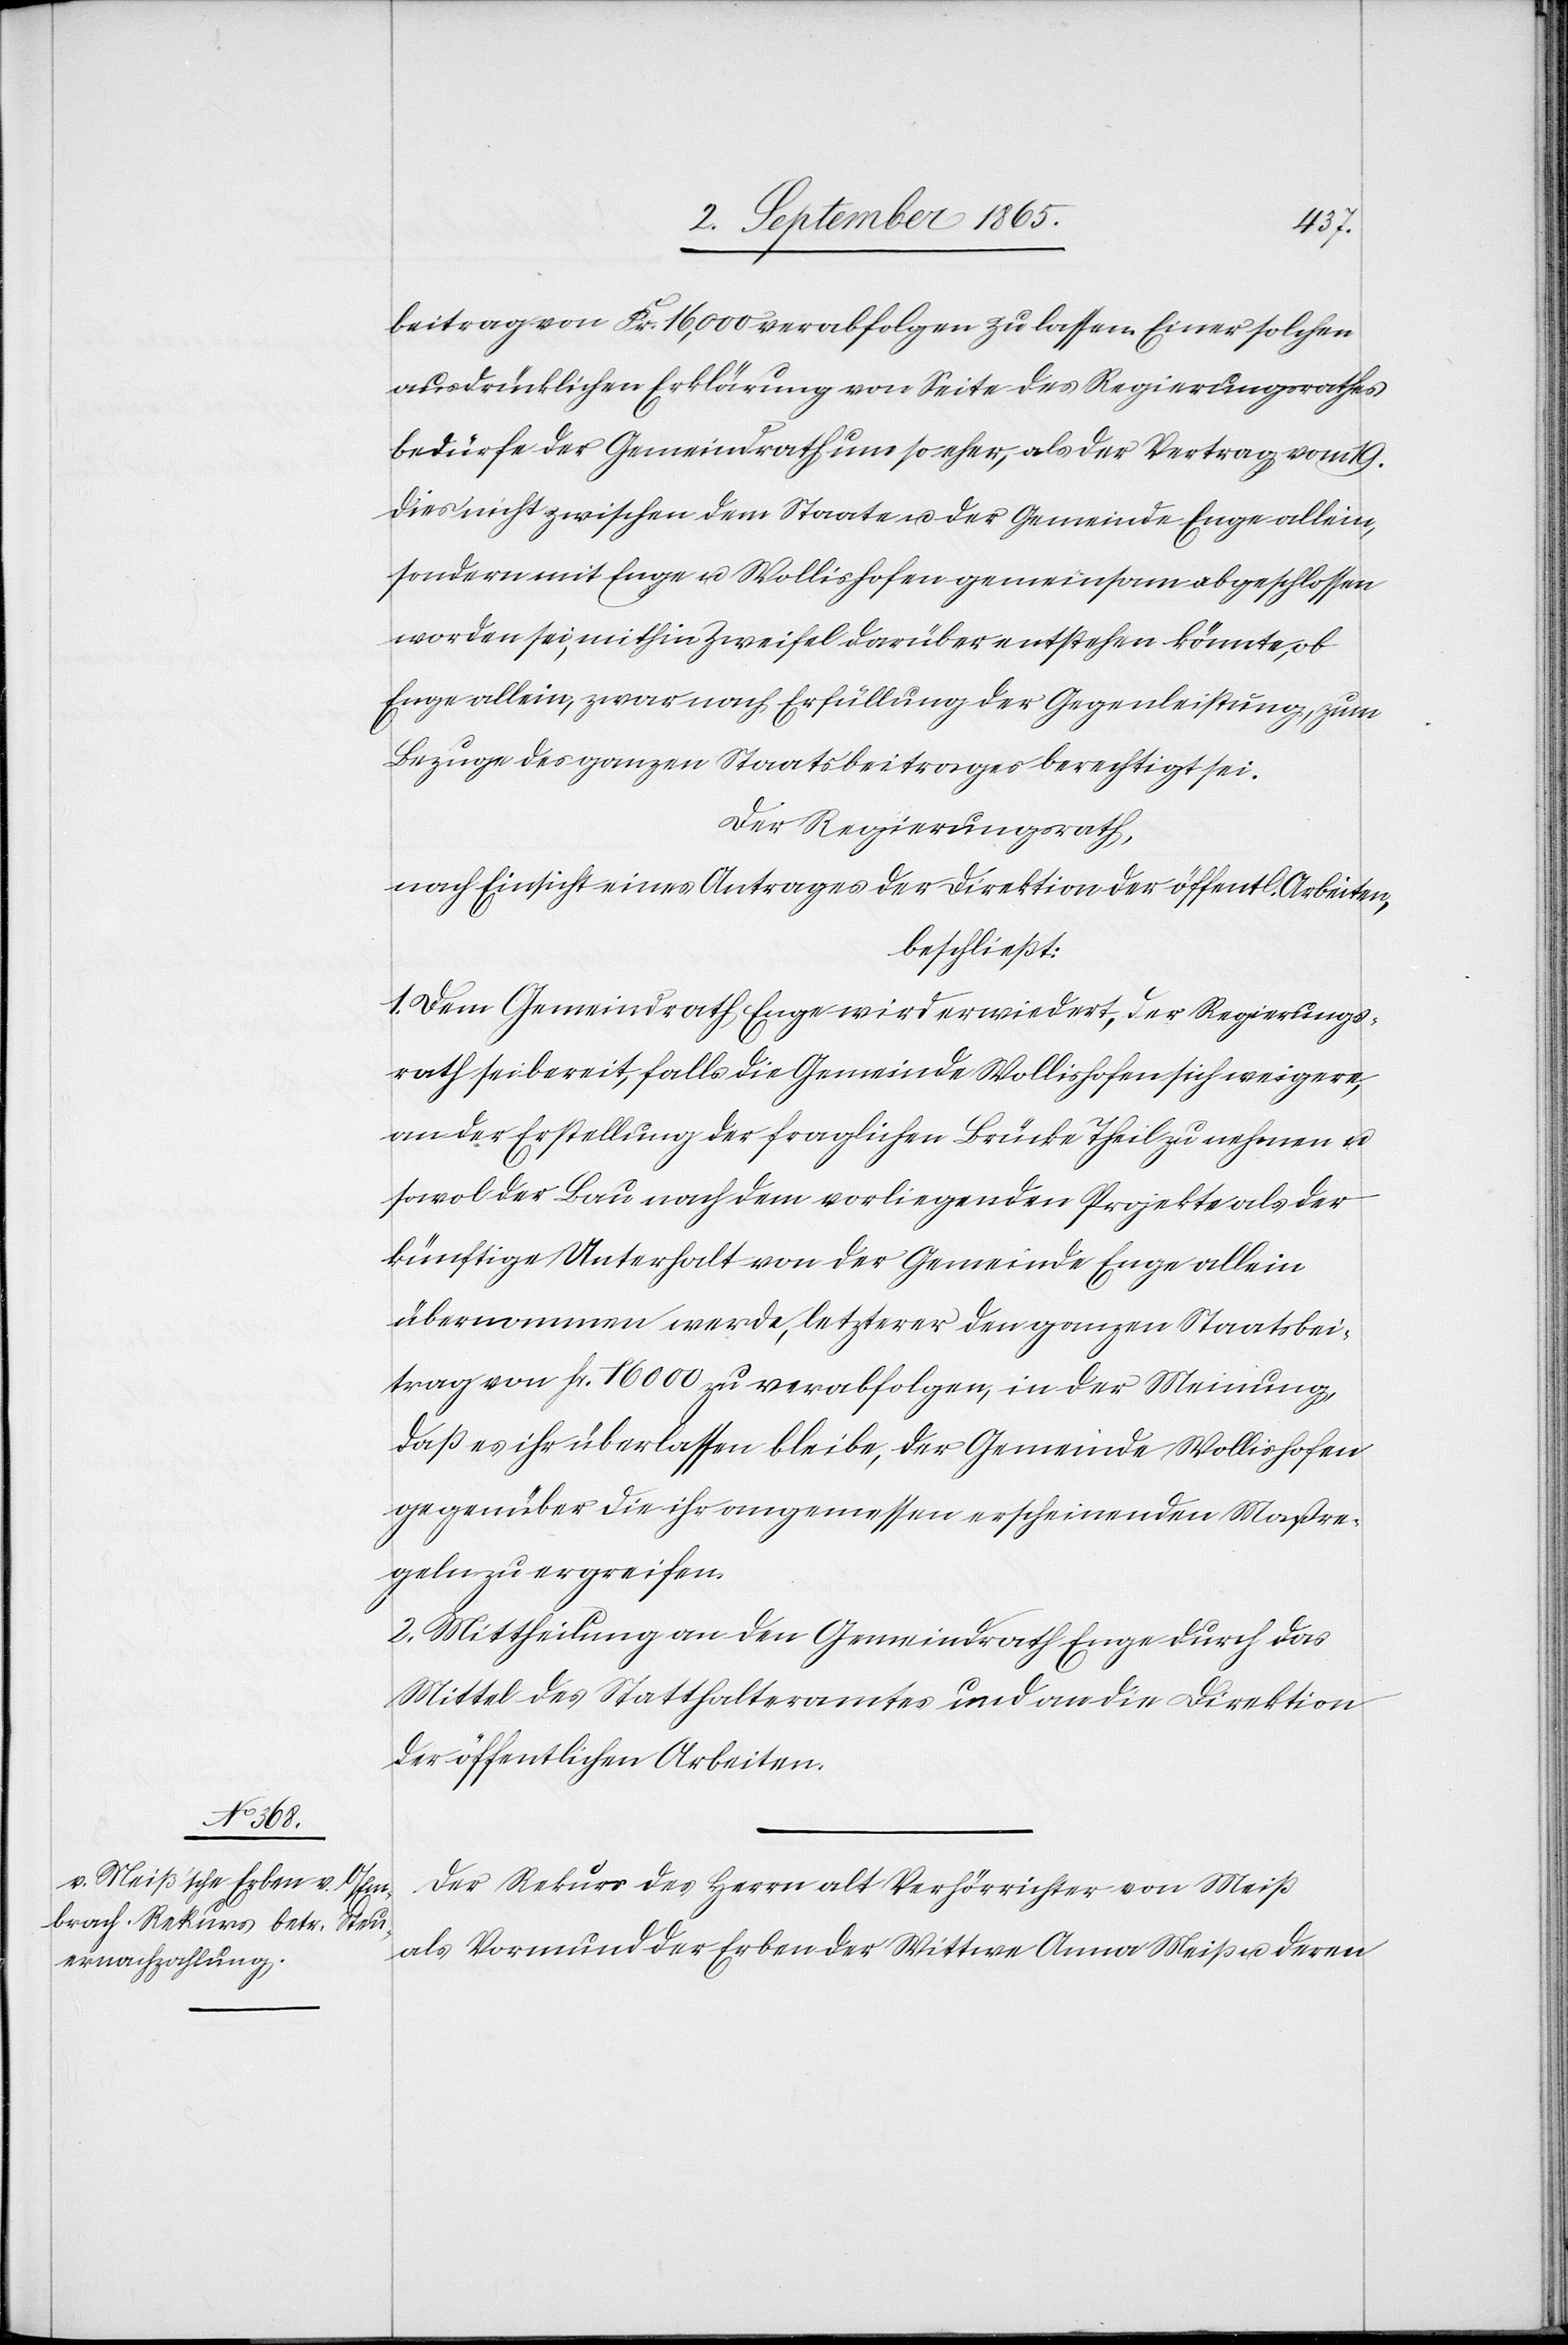
19.
beitrag von Fr. 16,000 verabfolgen zu lassen. Einer solchen
ausdrücklichen Erklärung von Seite des Regierungsrathes
bedürfe der Gemeindrath um so eher, als der Vertrag vom
dies nicht zwischen dem Staate u. der Gemeinde Enge allein,
sondern mit Enge u. Wollishofen gemeinsam abgeschlossen
worden sei, mithin Zweifel darüber entstehen könnte, ob
Enge allein, zwar nach Erfüllung der Gegenleistung, zum
Bezuge des ganzen Staatsbeitrages berechtigt sei.
Der Regierungsrath,
nach Einsicht eines Antrages der Direktion der öffentl. Arbeiten,
beschließt:
1. Dem Gemeindrath Enge wird erwiedert, der Regierungs¬
rath sei bereit, falls die Gemeinde Wollishofen sich weigere,
an der Erstellung der fraglichen Brücke Theil zu nehmen u.
sowol der Bau nach dem vorliegenden Projekte als der
künftige Unterhalt von der Gemeinde Enge allein
übernommen werde, lezterer den ganzen Staatsbei¬
trag von fr. 16 000 zu verabfolgen, in der Meinung,
daß es ihr überlassen bleibe, der Gemeinde Wollishofen
gegenüber die ihr angemessen erscheinenden Maßre¬
geln zu ergreifen.
2. Mittheilung an den Gemeindrath Enge durch das
Mittel des Statthalteramtes und an die Direktion
der öffentlichen Arbeiten.
Der Rekurs des Herrn alt Verhörrichter von Meiß
als Vormund der Erben der Wittwe Anna Meiß u. deren